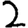
Digit: 2